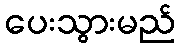
ပေးသွားမည်